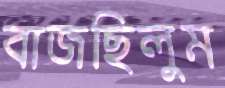
বাজছিলুম